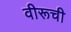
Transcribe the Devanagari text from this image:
वीरूची